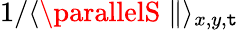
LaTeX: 1/\langle\parallelS\parallel\rangle_{x,y,\mathtt{t}}